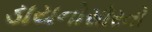
ડાયનોસોરનો